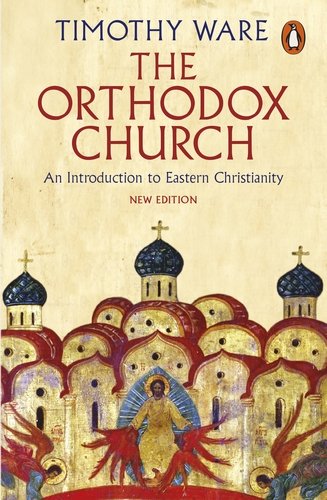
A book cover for The Orthodox Church: An Introduction to Eastern Christianity; Timothy Ware; Christian Books & Bibles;